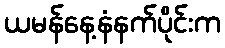
ယမန်နေ့နံနက်ပိုင်းက